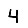
Digit: 4